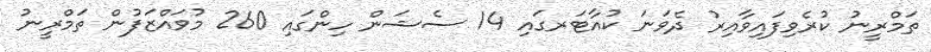
ތަމްރީނު ކުރެވިފައިވާއިރު ދެވަނަ ކުއާޓަރގައި 14 ސެޝަން ހިންގައި 260 މުވައްޒަފުން ތަމްރީނު